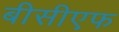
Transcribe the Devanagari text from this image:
बीसीएफ